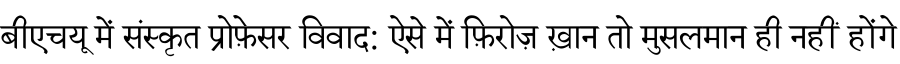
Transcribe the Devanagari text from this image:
बीएचयू में संस्कृत प्रोफ़ेसर विवाद: ऐसे में फ़िरोज़ ख़ान तो मुसलमान ही नहीं होंगे